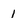
Character: 1